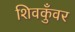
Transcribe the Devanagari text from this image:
शिवकुँवर